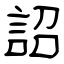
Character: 詔